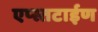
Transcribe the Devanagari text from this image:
एप्स्तटाईण